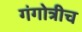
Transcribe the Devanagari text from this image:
गंगोत्रीच